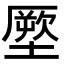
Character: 𭏪